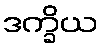
ဒက္ခိယ